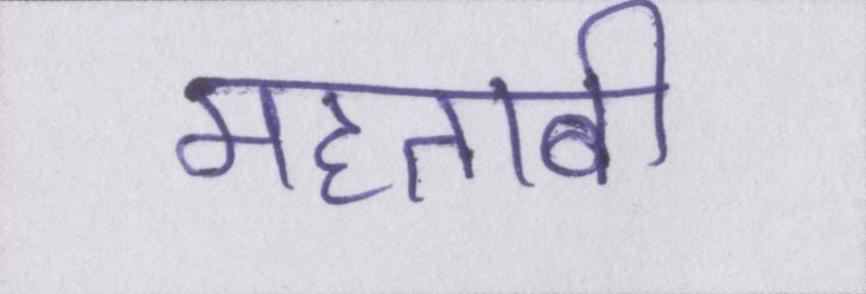
महताबी